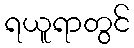
ရယူရာတွင်